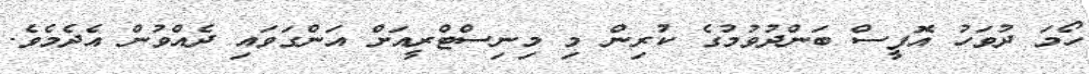
ހޯމަ ދުވަހު އޮފީސް ބަންދުވުމުގެ ކުރިން މި މިނިސްޓްރީއަށް އަންގަވައި ދެއްވުން އެދެމެވެ.